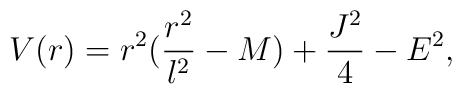
V(r)=r^2(\frac{r^2}{l^2}-M)+\frac{J^2}{4}-E^2.